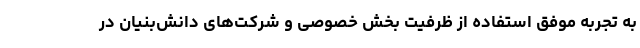
به تجربه موفق استفاده از ظرفیت بخش خصوصی و شرکت‌های دانش‌بنیان در